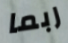
ربما